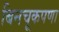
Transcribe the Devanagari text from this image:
बिनचूकपणा